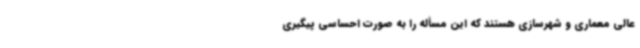
عالی معماری و شهرسازی هستند که این مسأله را به صورت احساسی پیگیری